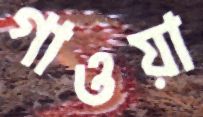
গাওয়া